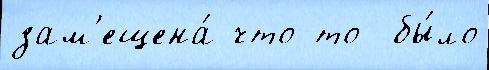
зам'ещена́ что-то  бы́ло